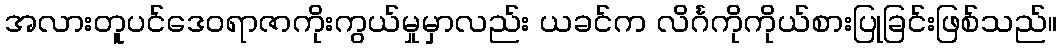
အလားတူပင်ဒေဝရာဇာကိုးကွယ်မှုမှာလည်း ယခင်က လိင်္ဂကိုကိုယ်စားပြုခြင်းဖြစ်သည်။